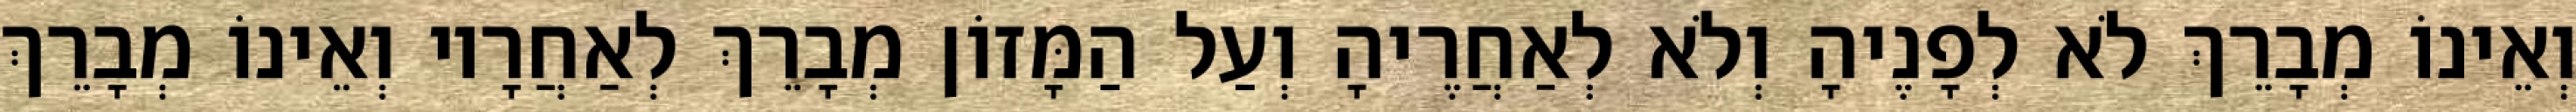
וְאֵינוֹ מְבָרֵךְ לֹא לְפָנֶיהָ וְלֹא לְאַחֲרֶיהָ וְעַל הַמָּזוֹן מְבָרֵךְ לְאַחֲרָיו וְאֵינוֹ מְבָרֵךְ